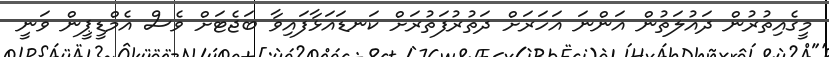
މީގެއިތުރުން ދައުލަތުން އަންނަ އަހަރަށް ދަތުރުފަތުރަށް ކަނޑައަޅާފައިވާ ބަޖެޓަށް ވެސް އެމްޑީޕީން ވަނީ